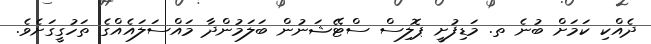
ދެއްކި ކަމަށް ބުނެ ތ. މަޑިފުށީ ޕޮލިސް ސްޓޭޝަނުން ބަލަމުންދާ މައްސަލައެއްގެ ތަހުގީގަށެވެ.